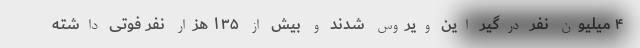
۴ میلیون نفر درگیر این ویروس شدند و بیش از ۱۳۵ هزار نفر فوتی داشته